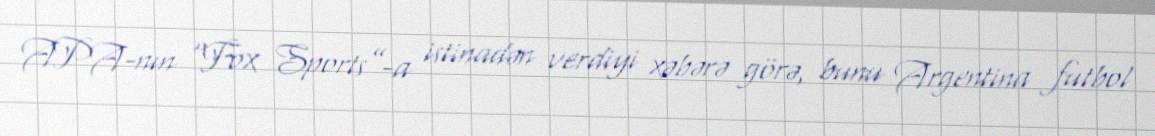
APA-nın “Fox Sports”-a istinadən verdiyi xəbərə görə, bunu Argentina futbol